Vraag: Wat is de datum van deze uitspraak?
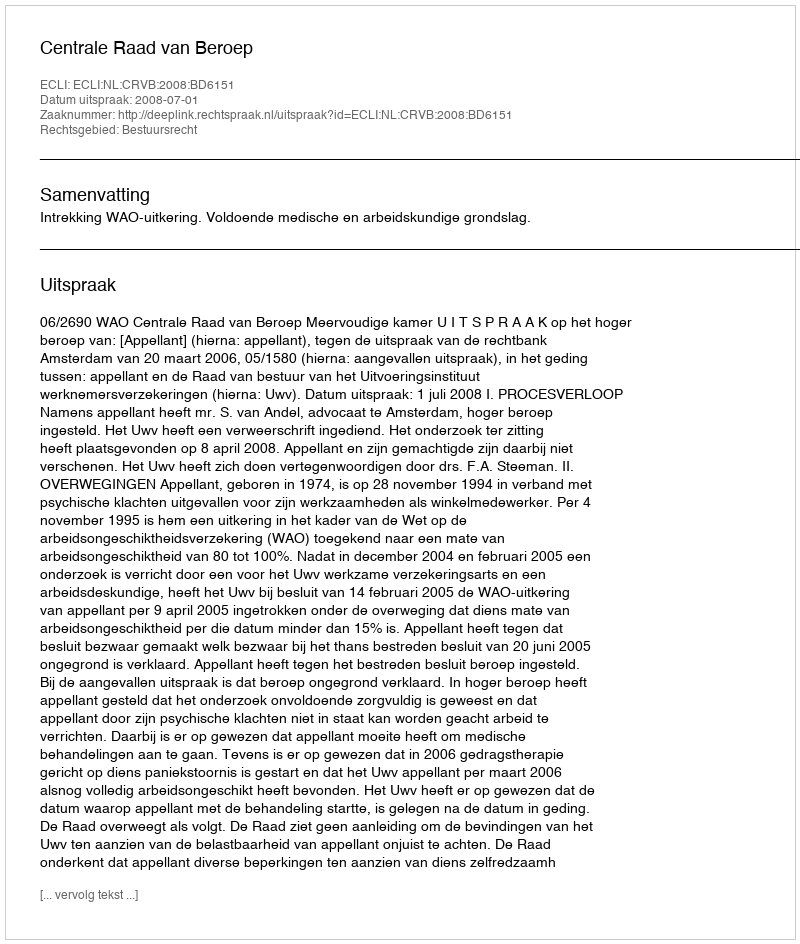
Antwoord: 2008-07-01